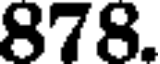
878.